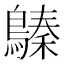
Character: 𪄈